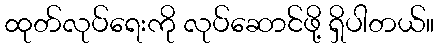
ထုတ်လုပ်ရေးကို လုပ်ဆောင်ဖို့ ရှိပါတယ်။